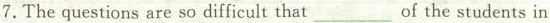
7.The questions are so difficult that___of the students in